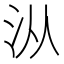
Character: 𰛏